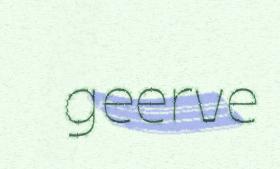
geerve